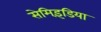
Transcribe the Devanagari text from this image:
सेमिइंडिया